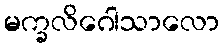
မက္ခလိဂေါသာလော